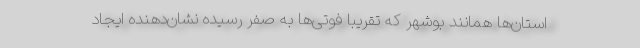
استان‌ها همانند بوشهر که تقریبا فوتی‌ها به صفر رسیده نشان‌دهنده ایجاد